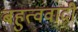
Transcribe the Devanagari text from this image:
बहुत्ववादी